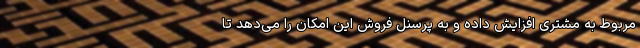
مربوط به مشتری افزایش داده و به پرسنل فروش این امکان را می‌دهد تا